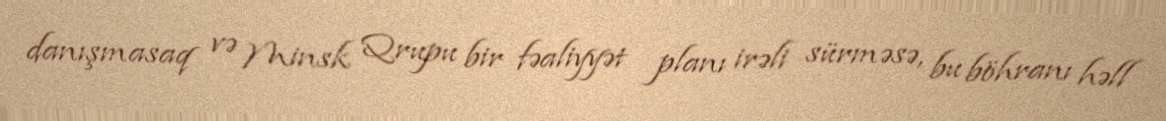
danışmasaq və Minsk Qrupu bir fəaliyyət planı irəli sürməsə, bu böhranı həll